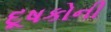
દૂષકોની